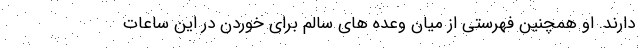
دارند. او همچنین فهرستی از میان وعده های سالم برای خوردن در این ساعات